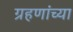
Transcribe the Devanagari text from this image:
ग्रहणांच्या